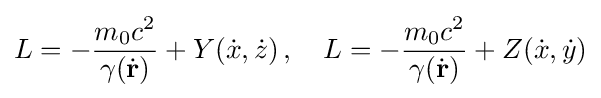
L=-{\frac {m_{0}c^{2}}{\gamma ({\dot {\mathbf {r} }})}}+Y({\dot {x}},{\dot {z}})\,,\quad L=-{\frac {m_{0}c^{2}}{\gamma ({\dot {\mathbf {r} }})}}+Z({\dot {x}},{\dot {y}})